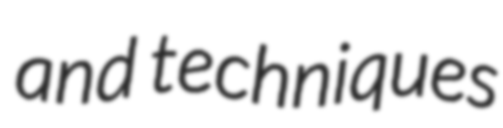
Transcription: and techniques